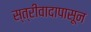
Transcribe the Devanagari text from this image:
स्त्रीवादापासून